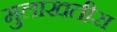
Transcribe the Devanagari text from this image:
मुलाखतीस